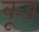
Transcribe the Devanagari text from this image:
कूड